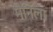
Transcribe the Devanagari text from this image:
मैनिला